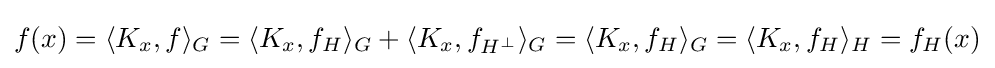
f(x)=\langle K_{x},f\rangle _{G}=\langle K_{x},f_{H}\rangle _{G}+\langle K_{x},f_{H^{\bot }}\rangle _{G}=\langle K_{x},f_{H}\rangle _{G}=\langle K_{x},f_{H}\rangle _{H}=f_{H}(x)